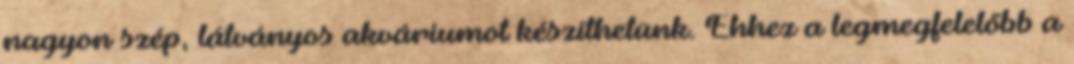
nagyon szép, látványos akváriumot készíthetünk. Ehhez a legmegfelelőbb a